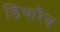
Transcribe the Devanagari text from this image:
डिथारैव